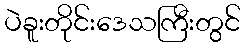
ပဲခူးတိုင်းဒေသကြီးတွင်